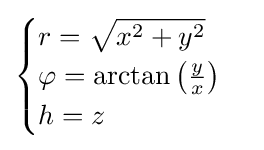
{\begin{cases}r={\sqrt {x^{2}+y^{2}}}\\\varphi =\arctan \left({\frac {y}{x}}\right)\\h=z\end{cases}}